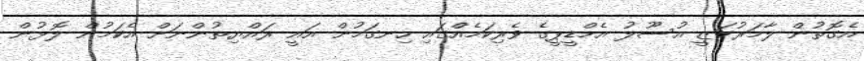
އެގޮތުން ލާމަރުކަޒީ އުސޫލު އެމްޑީޕީގެ ވެރިކަމެއްގައި ހިނގަމުން އައީ ރައްޔިތުންނަށް އެކަމުން ލޮޅުން